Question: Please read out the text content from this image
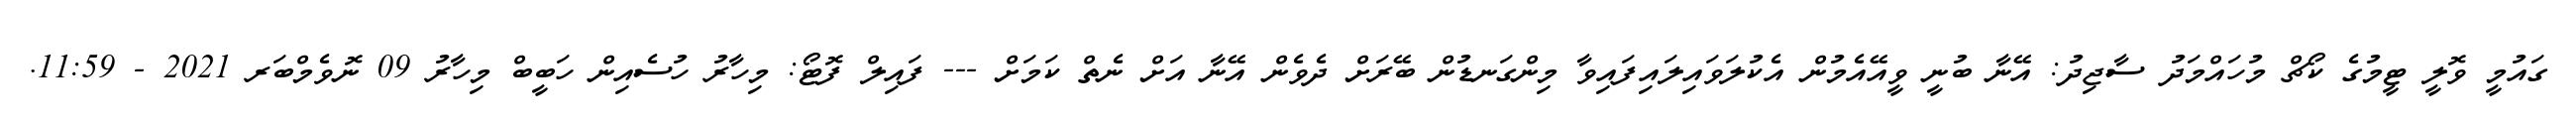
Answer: ގައުމީ ވޮލީ ޓީމުގެ ކޯޗް މުހައްމަދު ސާޖިދު: އޭނާ ބުނީ ވީއޭއެމުން އެކުލަވައިލައިފައިވާ މިންގަނޑުން ބޭރަށް ދެވެން އޭނާ އަށް ނެތް ކަމަށް --- ފައިލް ފޮޓޯ: މިހާރު ހުސެއިން ހަބީބް މިހާރު 09 ނޮވެމްބަރ 2021 - 11:59.